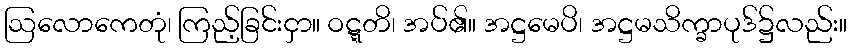
ဩလောကေတုံ၊ ကြည့်ခြင်းငှာ။ ဝဋ္ဋတိ၊ အပ်၏။ အဋ္ဌမေပိ၊ အဋ္ဌမသိက္ခာပုဒ်၌လည်း။